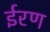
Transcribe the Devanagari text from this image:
ईरण